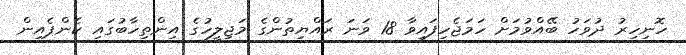
ހޮނިހިރު ދުވަހު ބޭއްވުމަށް ހަމަޖެހިފައިވާ 18 ވަނަ ރައްޔިތުންގެ މަޖިލީހުގެ އިންތިހާބުގައި ކެންޕެއިން